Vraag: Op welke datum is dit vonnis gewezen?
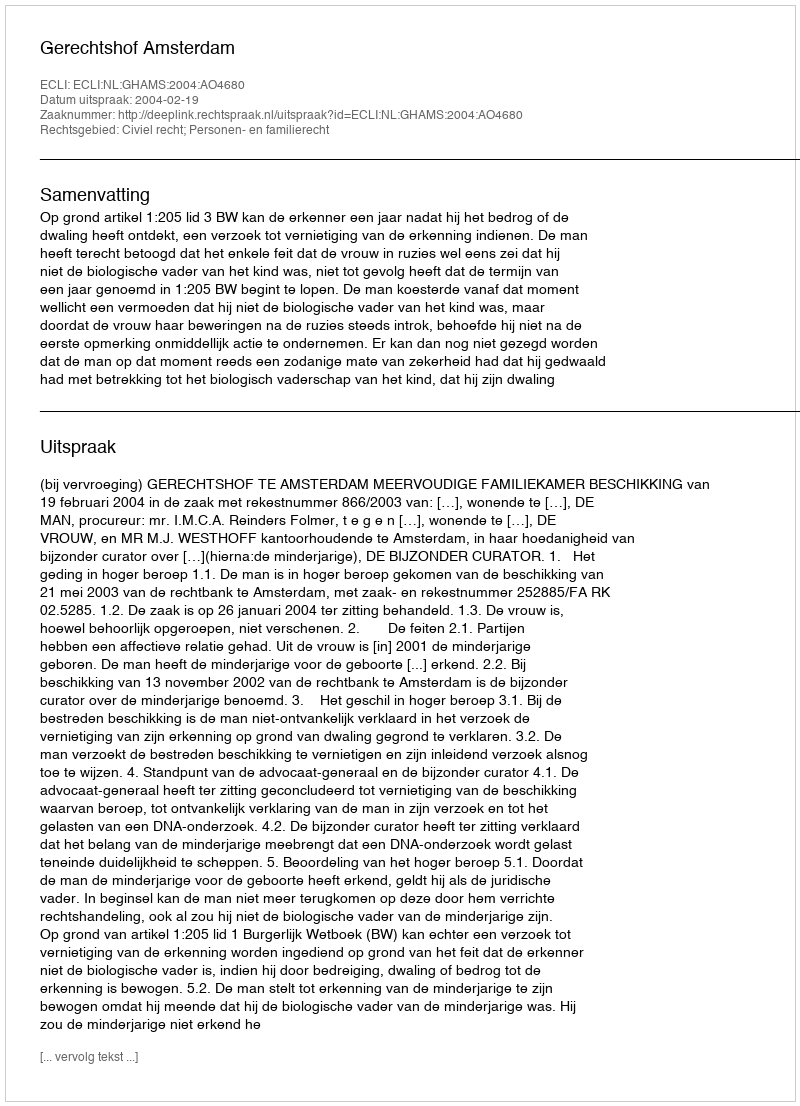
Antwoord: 2004-02-19